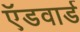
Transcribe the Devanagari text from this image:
ऍडवार्ड